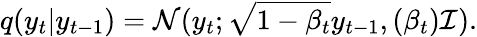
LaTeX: q(y_{t}|y_{t-1})=\mathcal{N}(y_{t};\sqrt{1-\beta_{t}}y_{t-1},(\beta_{t})\mathcal{I}).